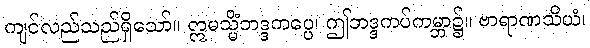
ကျင်လည်သည်ရှိသော်။ ဣမသ္မိံဘဒ္ဒကပ္ပေ၊ ဤဘဒ္ဒကပ်ကမ္ဘာ၌။ ဗာရာဏသိယံ၊